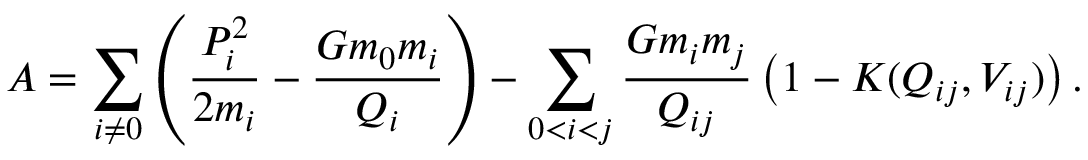
A = \sum _ { i \ne 0 } \left( \frac { P _ { i } ^ { 2 } } { 2 m _ { i } } - \frac { G m _ { 0 } m _ { i } } { Q _ { i } } \right) - \sum _ { 0 < i < j } \frac { G m _ { i } m _ { j } } { Q _ { i j } } \left( 1 - K ( Q _ { i j } , V _ { i j } ) \right) .